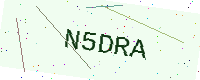
Text: N5DRA